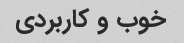
خوب و کاربردی